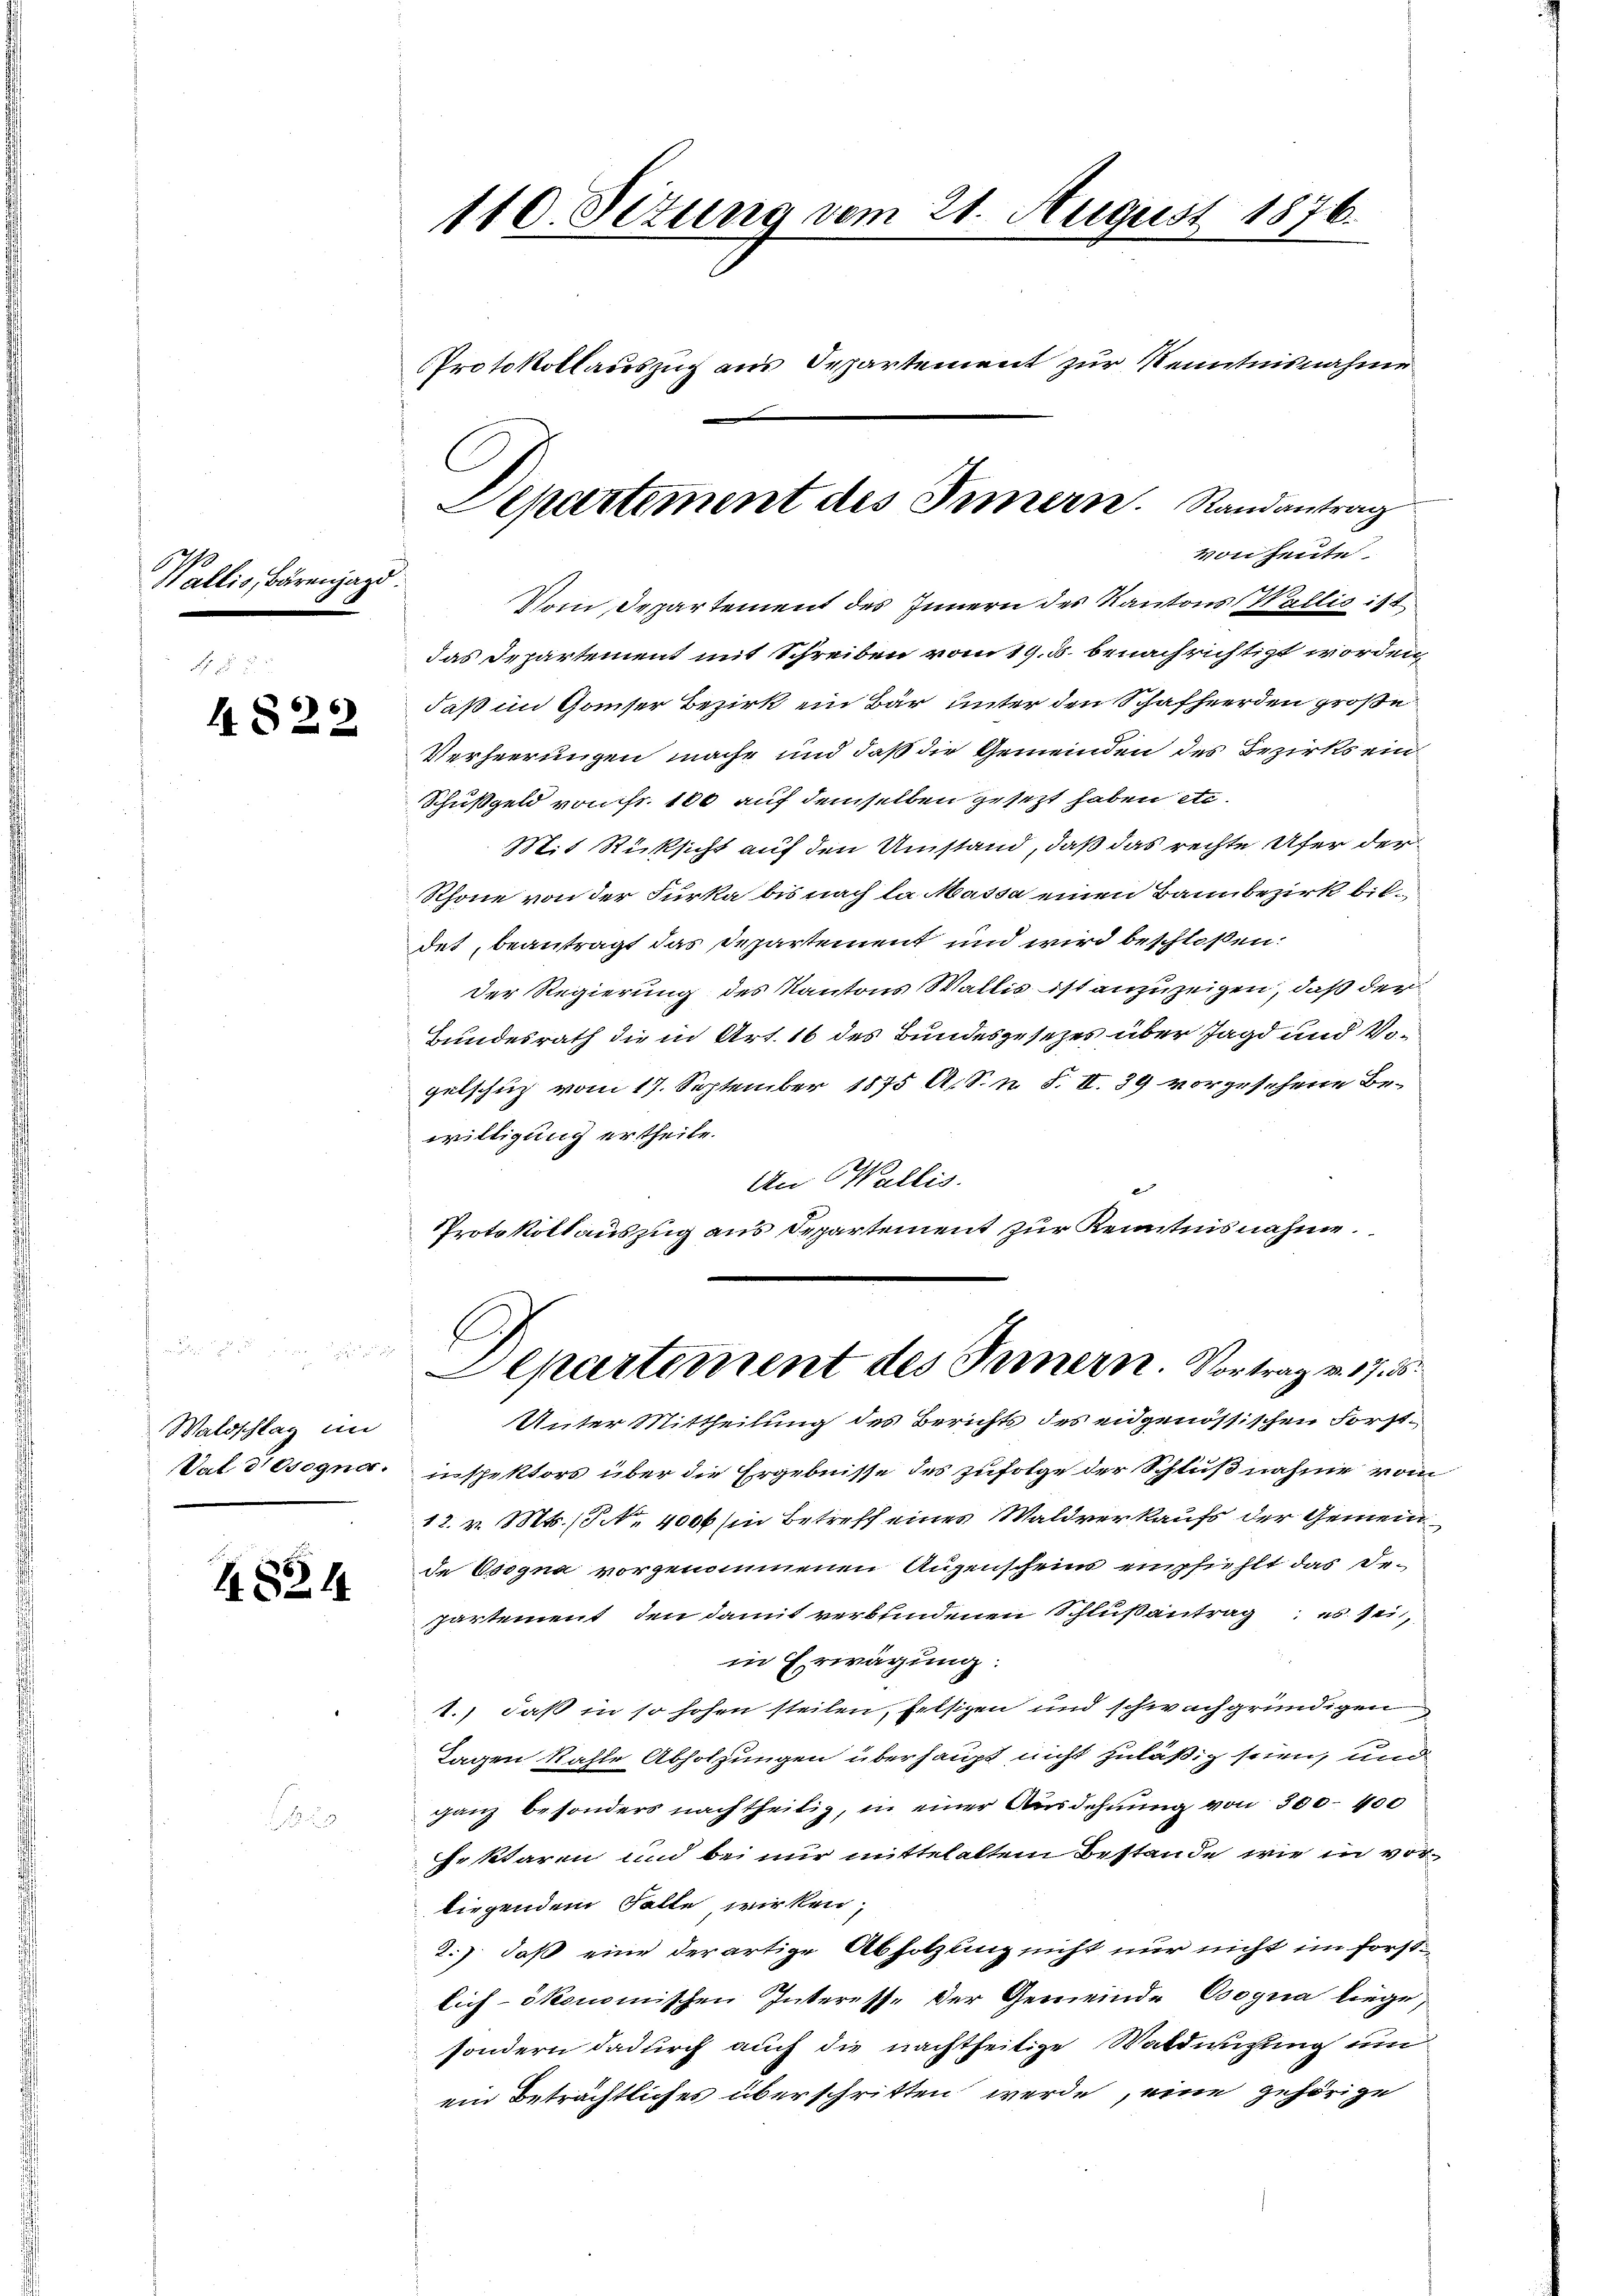
Wallis, Bären

4822

4824

sugel

Waldschlag im
Val desegna

110. Setung vom 21. August 1876.

von heute
das Departement mit Schreiben vom 19. 5. benachrichtigt worden,
daß im Gamser Bezirk ein Bär unter den Schafherden große
Verheerungen mache und daß die Gemeinden des Bezirks ein
Schußgeld von fr. 100 auf demselben gesezt haben etc.
Mit Rücksicht auf den Umstand, daß das rechte Ufer der
Rhone von der Furka bis nach la Massa einen Bannbezirk bildet, beantragt das Departement und wird beschlossen:
Der Regierung des Kantons Wallis ist anzuzeigen, daß der
Bundesrath die in Art. 16 des Bundesgesezes über Jagd und Vogelschuz vom 17. September 1875 A. S. n. F. II. 39 vorgesehene Bewilligung ertheile.
An Wallis.
Protokollauszug aus Departement zur Kenntnisnahme

Aepartement des Innern. Randantrag
Vom Departement des Innern des Kantons Wallis ist

Protokollauszug aus Departement zur Kenntnisnahme

Unter Mittheilung des Berichts des eidgenössischen Forstinspektors über die Ergebnisse des zufolge der Schlußnahme vom
12. v. Mts. / No. 4000 in Betreff eines Waldverkaufs der Gemein
de Esogna vorgenommenen Augenscheins empfiehlt das De-
partement, den damit verbundenen Schlußantrag, es sei,
in Erwägung:
1.) daß in so hohen steilen, felsizen und schwachgründigen
Tagen Kahle Abholzungen überhaupt nicht zuläßig seien, und
ganz besonders nachtheilig, in einer Ausdehnung von 300–400
Geklaren und bei nur mittelalten Bestände wie in vorliegendem Falle wirken,
2.) daß eine derartige Abholzung nicht nur nicht im Forstlich-ökonomischen Interesse der Gemeinde Cogna liege,
sondern dadurch auch die nachtheilige Waldwisung um
ein beträchtliches überschritten werde, eine gehörige

E
Aepartement des Innern Vortrag v. 17. 5